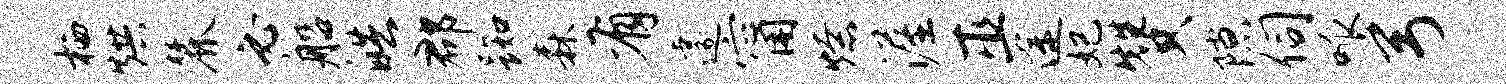
栖烘麓必船皓郡踟森有遽甯燎渥巫途妃赞隙伺呱弓